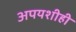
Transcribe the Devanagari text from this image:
अपयशीही